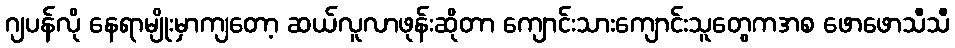
ဂျပန်လို နေရာမျိုးမှာကျတော့ ဆယ်လူလာဖုန်းဆိုတာ ကျောင်းသားကျောင်းသူတွေကအစ ဖောဖောသီသီ